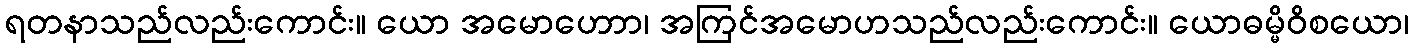
ရတနာသည်လည်းကောင်း။ ယော အမောဟောာ၊ အကြင်အမောဟသည်လည်းကောင်း။ ယောဓမ္မိဝိစယော၊